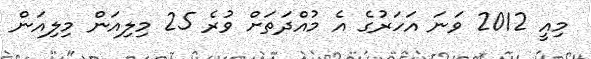
މިއީ 2012 ވަނަ އަހަރުގެ އެ މުއްދަތަށް ވުރެ 25 މިލިއަން މިލިއަން